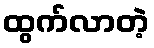
ထွက်လာတဲ့